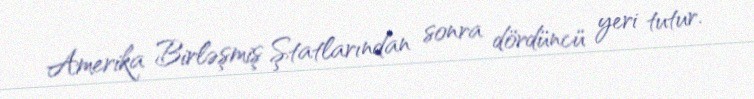
Amerika Birləşmiş Ştatlarından sonra dördüncü yeri tutur.